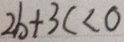
2 b + 3 c < 0